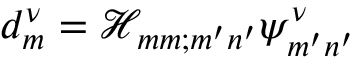
d _ { m } ^ { \nu } = \mathcal H _ { m m ; m ^ { \prime } n ^ { \prime } } \psi _ { m ^ { \prime } n ^ { \prime } } ^ { \nu }